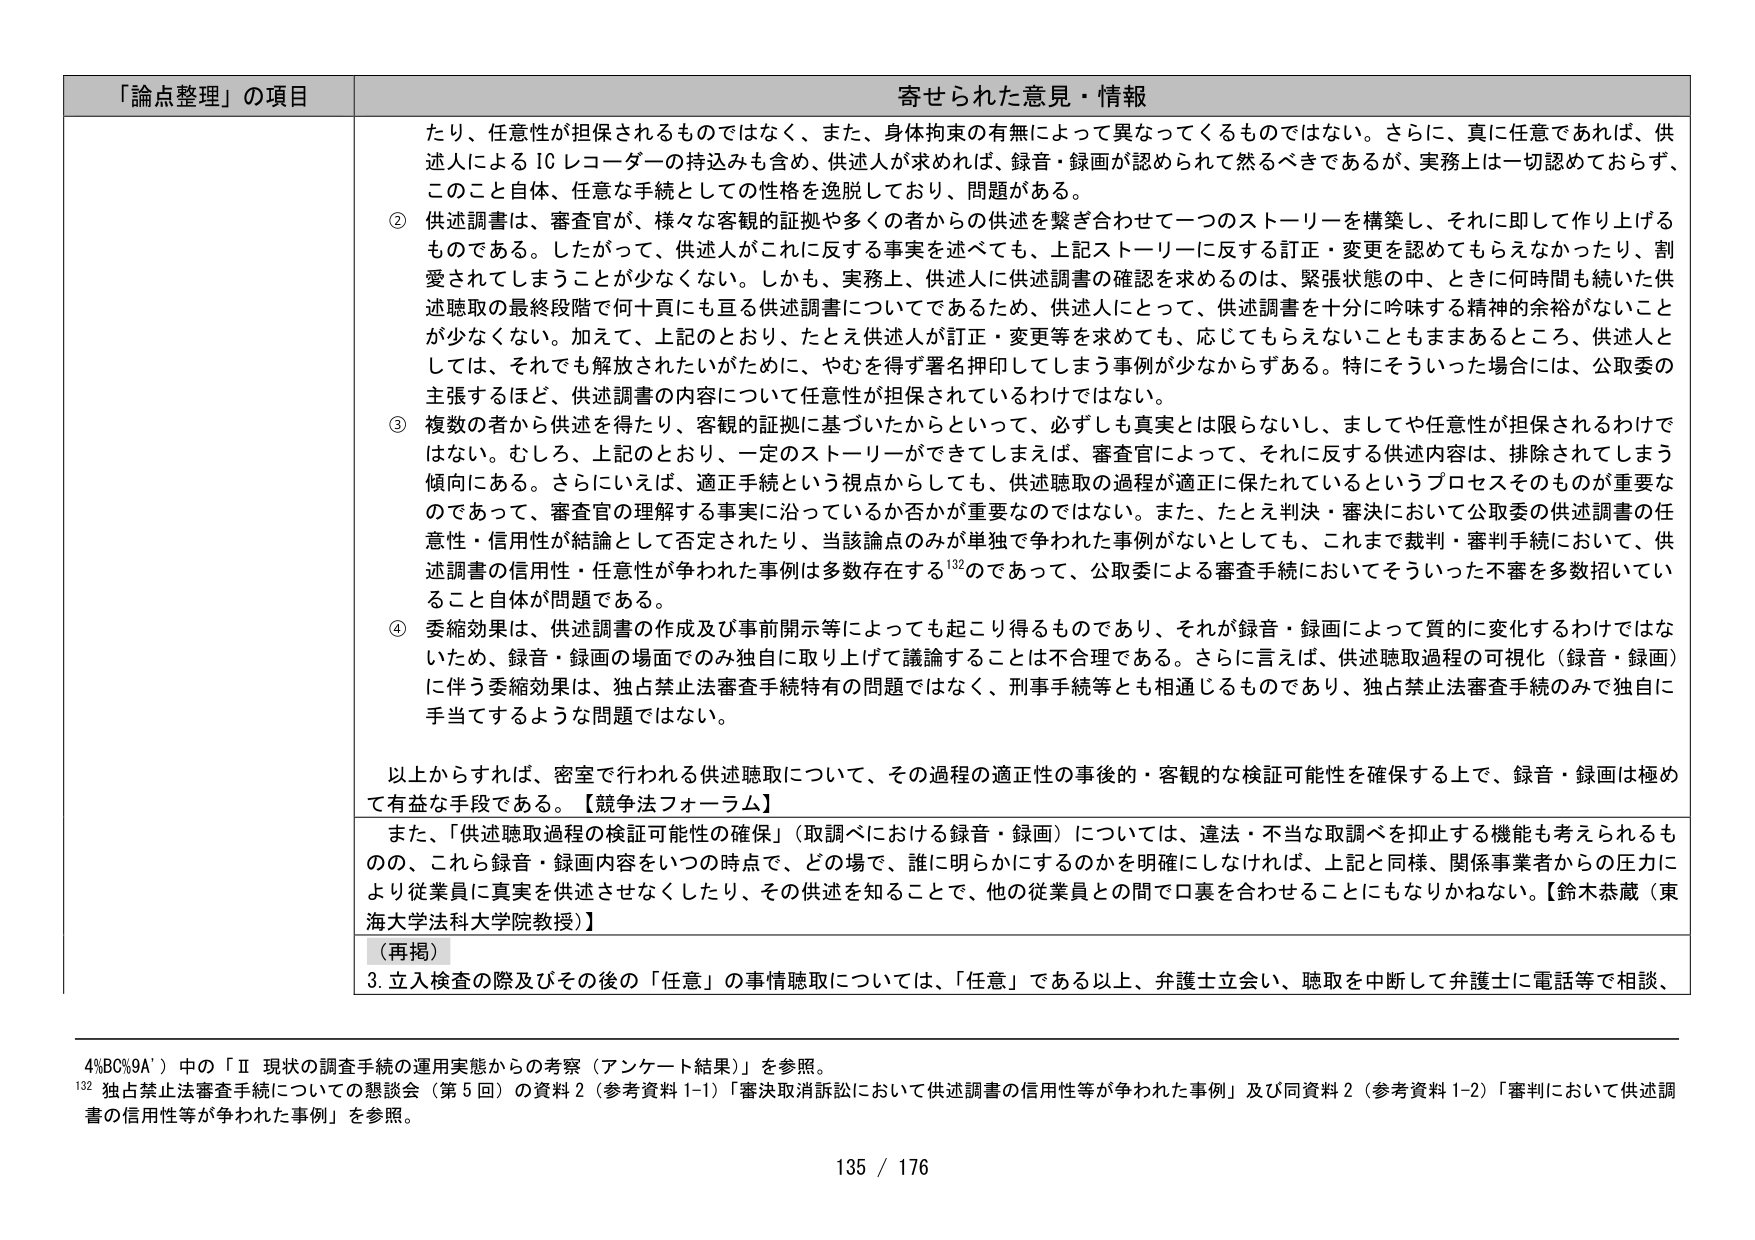
「論点整理」の項目 寄せられた意見・情報
たり、任意性が担保されるものではなく、また、身体拘束の有無によって異なってくるものではない。さらに、真に任意であれば、供述人による IC レコーダーの持込みも含め、供述人が求めれば、録音・録画が認められて然るべきであるが、実務上は一切認めておらず、このこと自体、任意な手続としての性格を逸脱しており、問題がある。
② 供述調書は、審査官が、様々な客観的証拠や多くの者からの供述を繋ぎ合わせて一つのストーリーを構築し、それに即して作り上げるものである。したがって、供述人がこれに反する事実を述べても、上記ストーリーに反する訂正・変更を認めてもらえなかったり、割愛されてしまうことが少なくない。しかも、実務上、供述人に供述調書の確認を求めるのは、緊張状態の中、ときに何時間も続いた供述聴取の最終段階で何十頁にも亘る供述調書についてであるため、供述人にとって、供述調書を十分に吟味する精神的余裕がないことが少なくない。加えて、上記のとおり、たとえ供述人が訂正・変更等を求めても、応じてもらえないこともままあるところ、供述人としては、それでも解放されたいがために、やむを得ず署名押印してしまう事例が少なからずある。特にそういった場合には、公取委の主張するほど、供述調書の内容について任意性が担保されているわけではない。
③ 複数の者から供述を得たり、客観的証拠に基づいたからといって、必ずしも真実とは限らないし、ましてや任意性が担保されるわけではない。むしろ、上記のとおり、一定のストーリーができてしまえば、審査官によって、それに反する供述内容は、排除されてしまう傾向にある。さらにいえば、適正手続という視点からしても、供述聴取の過程が適正に保たれているというプロセスそのものが重要なのであって、審査官の理解する事実に沿っているか否かが重要なのではない。また、たとえ決済・審決において公取委の供述調書の任意性・信用性が結論として否定されたり、当該論点のみが単独で争われた事例がないとしても、これまで裁判・審判手続において、供述調書の信用性・任意性が争われた事例は多数存在する132のであって、公取委による審査手続においてそういった不審を多数招いていること自体が問題である。
④ 委縮効果は、供述調書の作成及び事前開示等によっても起こり得るものであり、それが録音・録画によって質的に変化するわけではないため、録音・録画の場面でのみ独自に取り上げて議論することは不合理である。さらに言えば、供述聴取過程の可視化（録音・録画）に伴う委縮効果は、独占禁止法審査手続特有の問題ではなく、刑事手続等とも相通じるものであり、独占禁止法審査手続のみで独自に手当をするような問題ではない。
以上からすれば、密室で行われる供述聴取について、その過程の適正性の事後の・客観的な検証可能性を確保する上で、録音・録画は極めて有益な手段である。【競争法フォーラム】
また、「供述聴取過程の検証可能性の確保」（取調べにおける録音・録画）については、違法・不当な取調べを抑止する機能も考えられるものの、これら録音・録画内容をいつの時点で、どの場で、誰に明らかにするのかを明確にしなければ、上記と同様、関係事業者からの圧力により従業員に真実を供述させなくしたり、その供述を知ることで、他の従業員との間で口裏を合わせることにもなりかねない。【鈴木恭蔵（東海大学法科大学院教授）】
（再掲）
3. 立入検査の際及びその後の「任意」の事情聴取については、「任意」である以上、弁護士立会い、聴取を中断して弁護士に電話等で相談、
4%BC%9A'）中の「Ⅱ 現状の調査手続の運用実態からの考察（アンケート結果）」を参照。
132 独占禁止法審査手続についての懇談会（第5回）の資料2（参考資料1-1）「審決取消訴訟において供述調書の信用性等が争われた事例」及び同資料2（参考資料1-2）「審判において供述調書の信用性等が争われた事例」を参照。
135 / 176